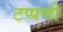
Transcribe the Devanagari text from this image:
टप्पणी